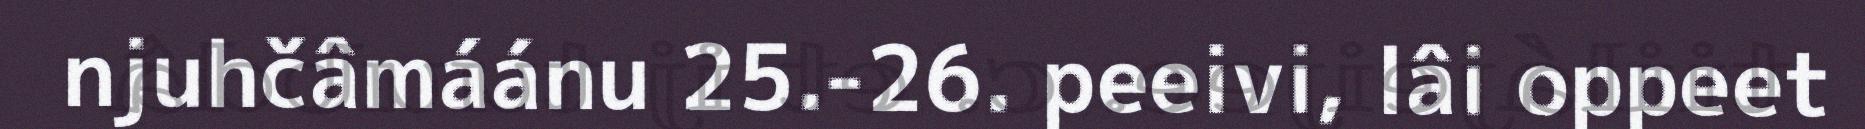
njuhčâmáánu 25.-26. peeivi, lâi oppeet